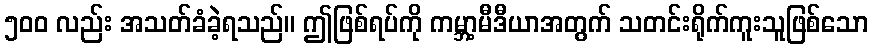
၅၀၀ လည်း အသတ်ခံခဲ့ရသည်။ ဤဖြစ်ရပ်ကို ကမ္ဘာ့မီဒီယာအတွက် သတင်းရိုက်ကူးသူဖြစ်သော